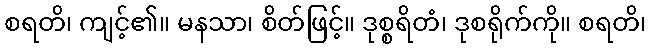
စရတိ၊ ကျင့်၏။ မနသာ၊ စိတ်ဖြင့်။ ဒုစ္စရိတံ၊ ဒုစရိုက်ကို။ စရတိ၊